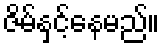
ဇိမ်နှင့်နေမည်။